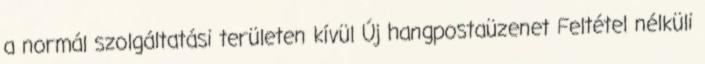
a normál szolgáltatási területen kívül Új hangpostaüzenet Feltétel nélküli